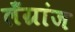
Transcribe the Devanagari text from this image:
लँग्रांज